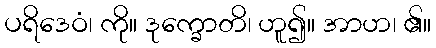
ပရိဒေဝံ၊ ကို။ ဒုက္ခောတိ၊ ဟူ၍။ အာဟ၊ ၏။